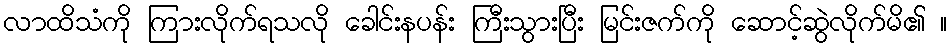
လာထိသံကို ကြားလိုက်ရသလို ခေါင်းနပန်း ကြီးသွားပြီး မြင်းဇက်ကို ဆောင့်ဆွဲလိုက်မိ၏ ။